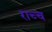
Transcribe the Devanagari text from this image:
राच्च